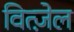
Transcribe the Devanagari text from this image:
वित्ज़ेल